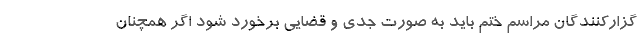
گزارکنندگان مراسم ختم باید به صورت جدی و قضایی برخورد شود اگر همچنان